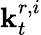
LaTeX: \mathbf{k}_{t}^{r,i}